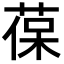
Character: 葆